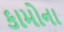
કામોના